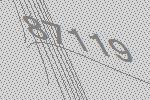
87119